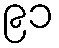
၉၁